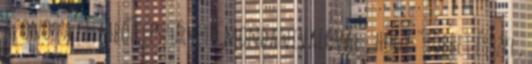
azonos a filmből leszűrhető mondanivalóval , hogy "többet ésszel,